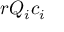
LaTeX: r Q _ { i } c _ { i }